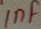
Text: 1nF